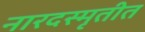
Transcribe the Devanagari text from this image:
नारदस्मृतीत